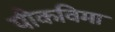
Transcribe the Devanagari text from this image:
पीकविमा